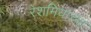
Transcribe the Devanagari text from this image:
रेशमियाच्या